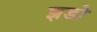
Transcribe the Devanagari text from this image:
झडो